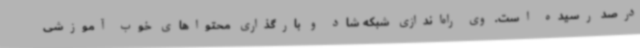
درصد رسیده است. وی راه‌اندازی شبکه شاد و بارگذاری محتواهای خوب آموزشی